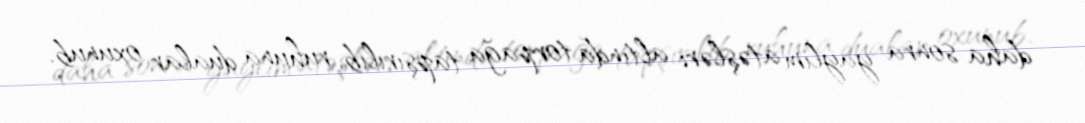
daha sonra yaylım atəşləri altında torpağa tapşırılıb, ruhuna dualar oxunub.